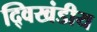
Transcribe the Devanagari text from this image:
द्विखंडीय